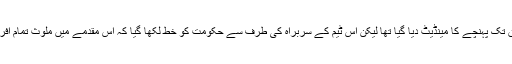
اس مقدمے میں جے آئی ٹی کو محض حقائق تک پہنچے کا مینڈیٹ دیا گیا تھا لیکن اس ٹیم کے سربراہ کی طرف سے حکومت کو خط لکھا گیا کہ اس مقدمے میں ملوث تمام افراد کے نام ای سی ایل میں شامل کیے جائیں۔